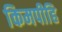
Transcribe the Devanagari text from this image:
किमपीहि